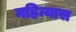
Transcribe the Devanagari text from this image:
महिन्यास